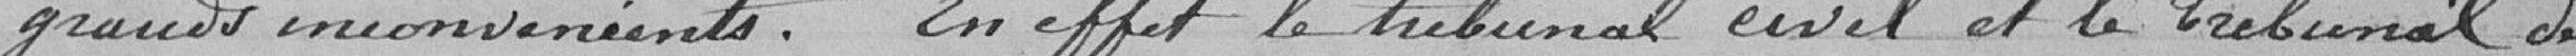
grands inconvénients. En effet le Tribunal Civil et le Tribunal de